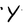
Character: Y